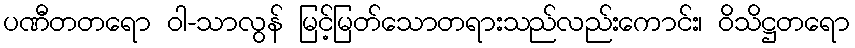
ပဏီတတရော ဝါ-သာလွန် မြင့်မြတ်သောတရားသည်လည်းကောင်း၊ ဝိသိဋ္ဌတရော